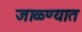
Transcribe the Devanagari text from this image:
जाळ्ण्यात